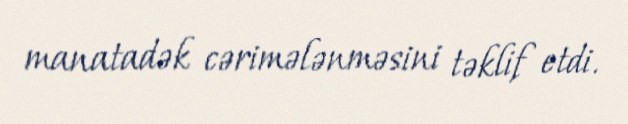
manatadək cərimələnməsini təklif etdi.